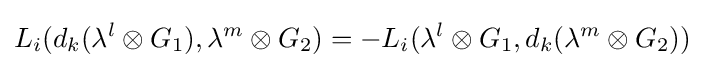
L_{i}(d_{k}(\lambda ^{l}\otimes G_{1}),\lambda ^{m}\otimes G_{2})=-L_{i}(\lambda ^{l}\otimes G_{1},d_{k}(\lambda ^{m}\otimes G_{2}))